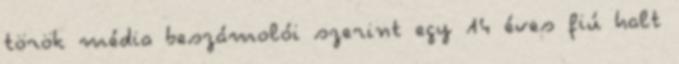
török média beszámolói szerint egy 14 éves fiú halt